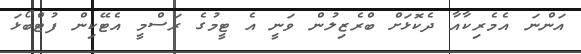
އަންނަ އެމެރިކާއާ ދެކޮޅަށް ބްރެޒިލުން ވަނީ އެ ޓީމުގެ ރަސްމީ އެޓޭކިން ފުޓްބޯޅަ